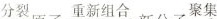
分裂重新组合聚集